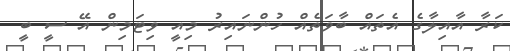
ކަރާ އާއިލާގެ އެތައް ބާވަތެއް ހުންނައިރު މިއީ ވިޓަމިން އޭ ސީ ބީ